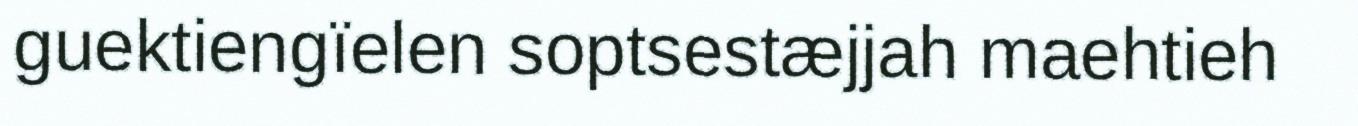
guektiengïelen soptsestæjjah maehtieh